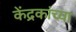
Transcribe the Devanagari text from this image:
केंद्रकांच्या